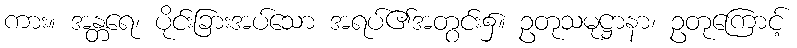
ကား။ အန္တရေ၊ ပိုင်းခြားအပ်သော အရပ်၏အတွင်း၌။ ဥတုသမုဋ္ဌာနာ၊ ဥတုကြောင့်